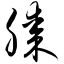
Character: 滕